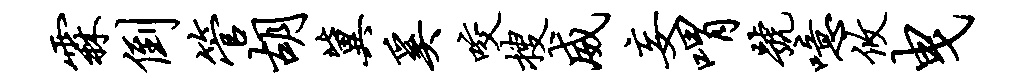
霖倒管胡冀奚咬搜威妄喟号噫攸曳